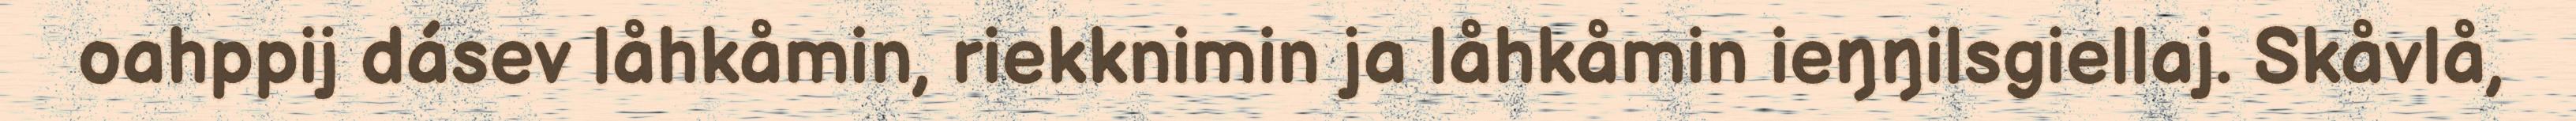
oahppij dásev låhkåmin, riekknimin ja låhkåmin ieŋŋilsgiellaj. Skåvlå,